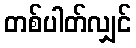
တစ်ပါတ်လျှင်